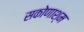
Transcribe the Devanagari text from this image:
सकोणाश्म